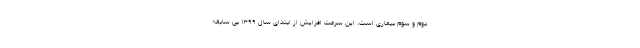
دوم و سوم بیماری است. این سرعت افزایش از ابتدای سال ۱۳۹۹ بی سابقه